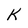
Character: K